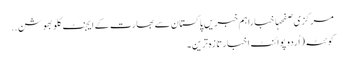
مرکزی صفحہاخباراہم خبریں پاکستان سے بھارت کے ایجنٹ کلوبھوشن ..
کوئٹہ(اُردو پوائنٹ اخبارتازہ ترین۔